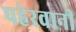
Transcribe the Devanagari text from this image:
पहेरवानी